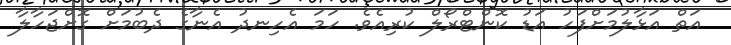
އަތް އަޅާލުމަށްފަހު އަޑު ކޮންޓްރޯލް ކުރިއެވެ. ހަމަ އެހިނދު އެނާގެ ދެބުމަށް ގޮށްޖަހާލާ